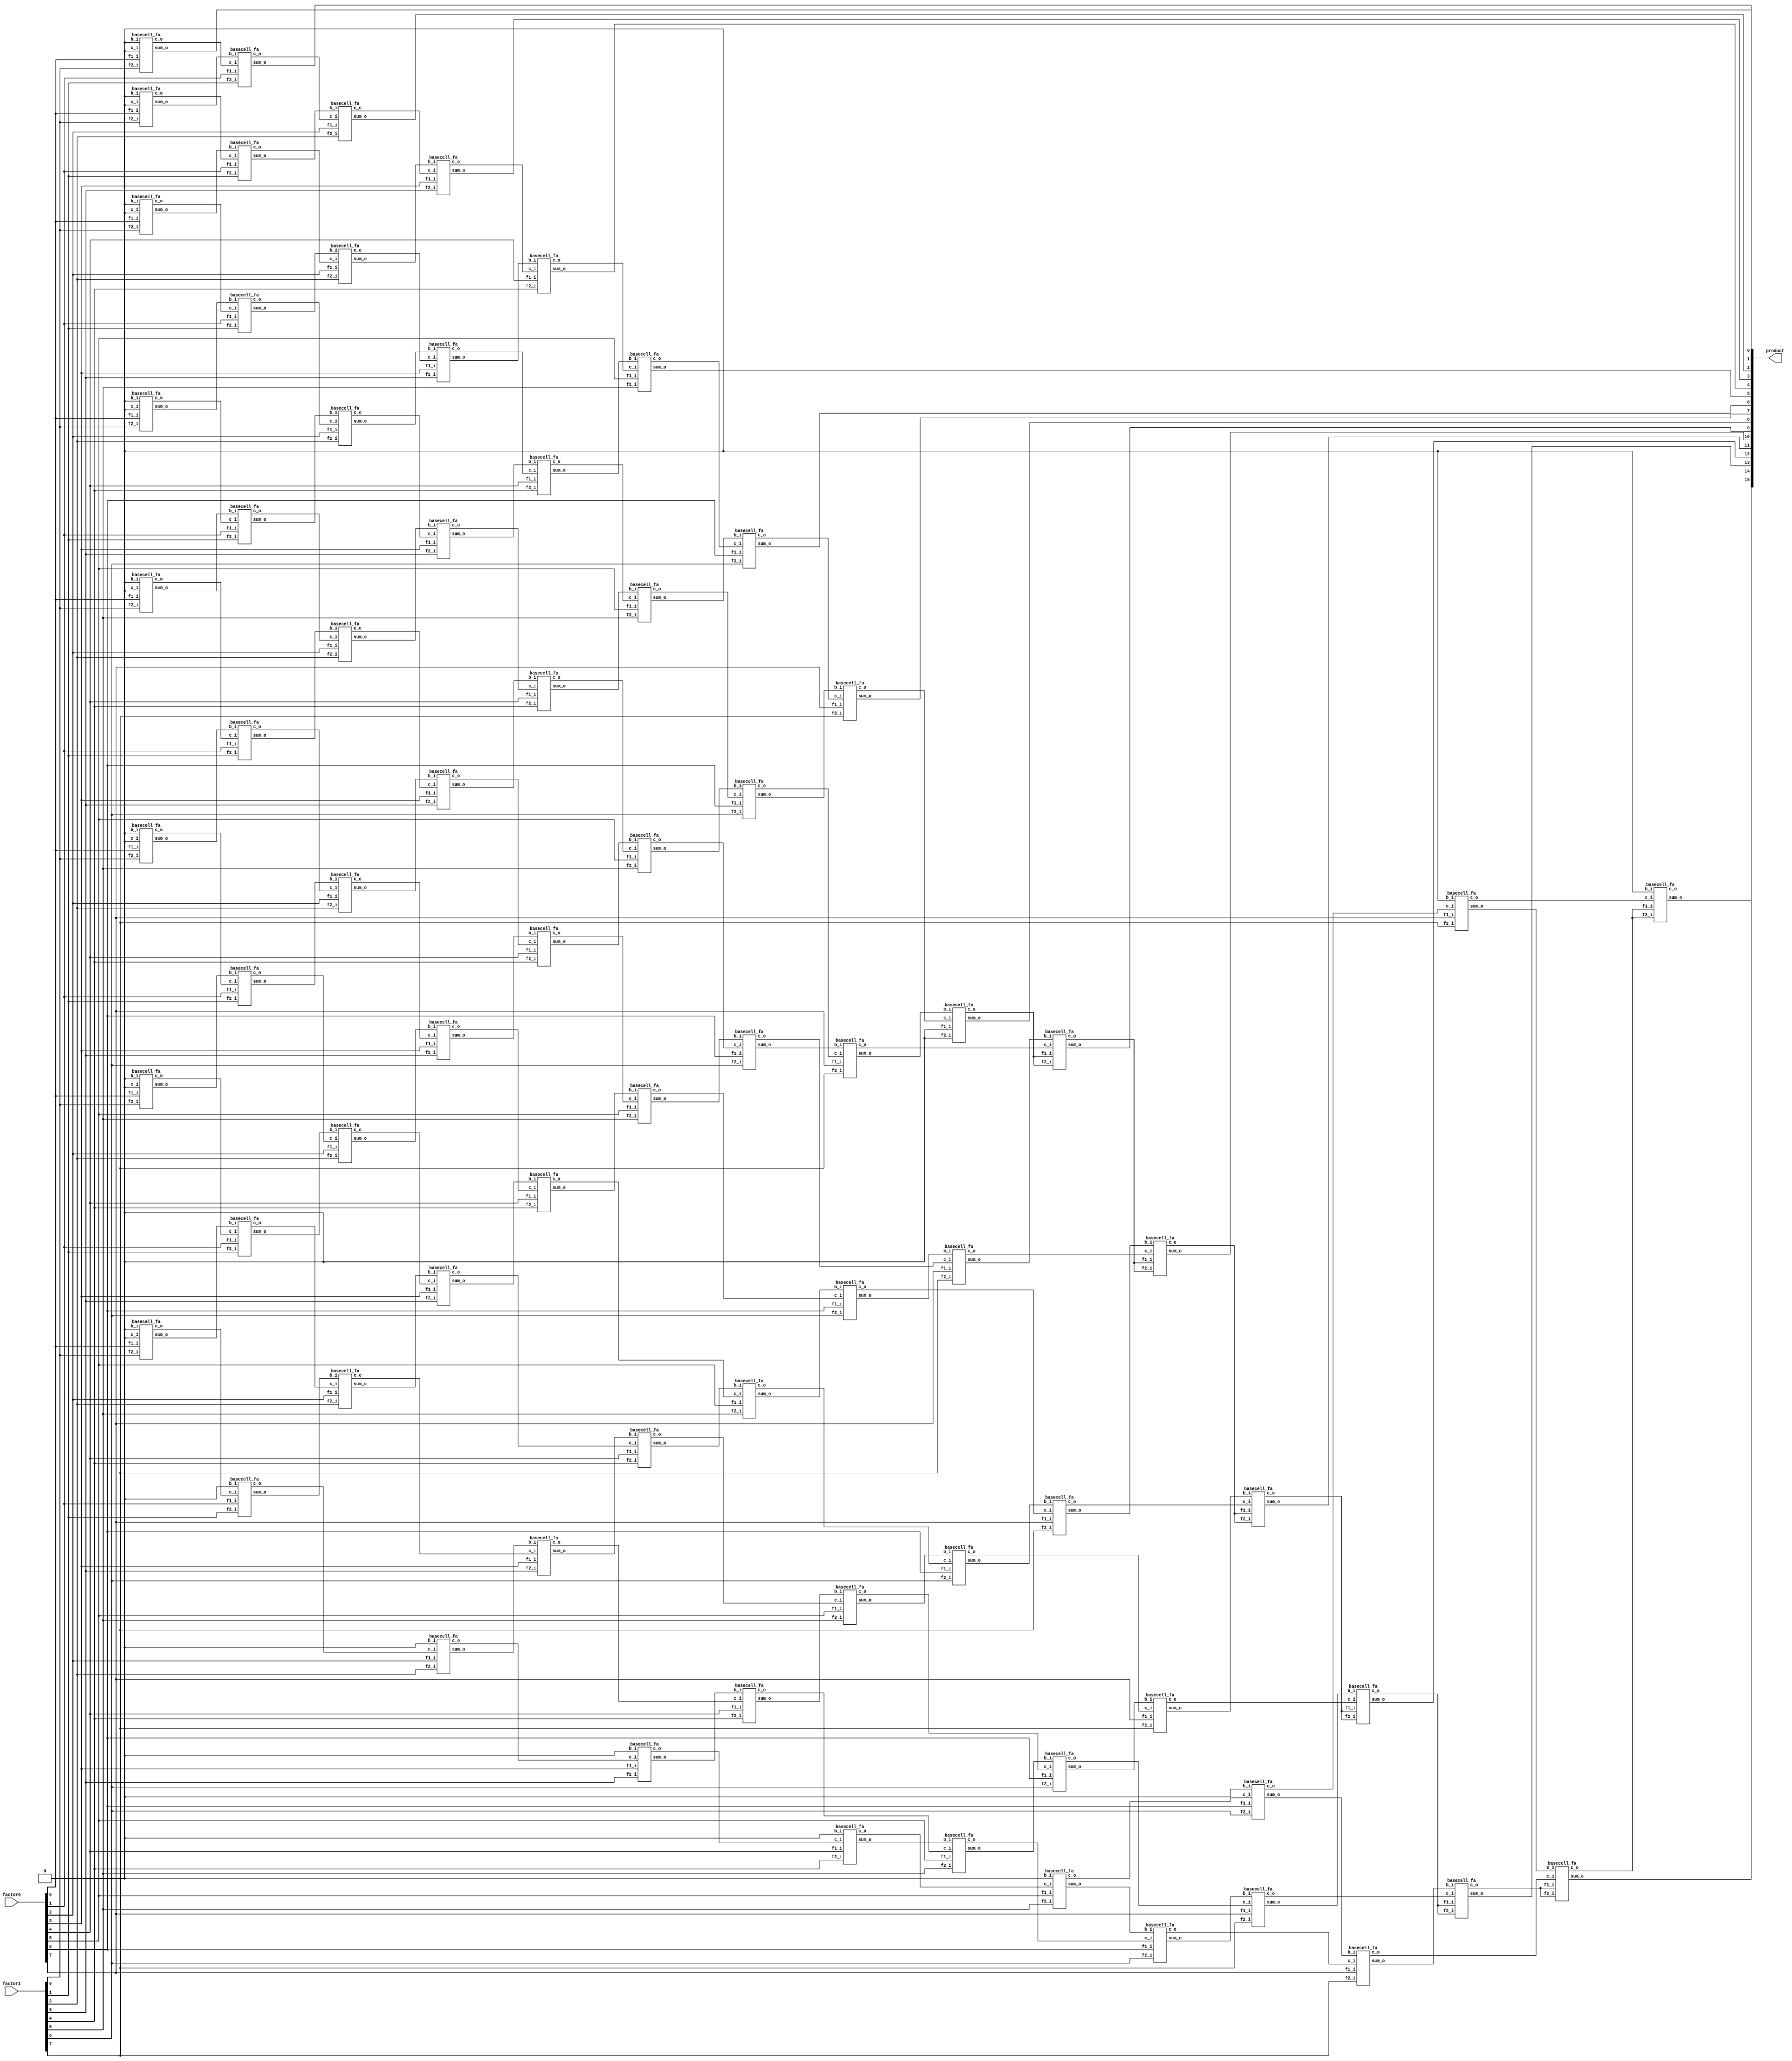
//This file contains (various) parameterized Carry Save Multiplier module(s)

module csmulti_fullbasecell#(parameter bitsize = 8)(factor0, factor1, product);
  input [(bitsize-1):0] factor0, factor1;
  output reg [((2*bitsize)-1):0] product;

  //Wires to carry signals between cells
  reg [bitsize-1:0] sum_vec   [bitsize:0];
  reg [bitsize-1:0] carry_vec [bitsize:0];

  //Inputs & Outputs of basecells
  reg [bitsize-1:0] f1_i   [bitsize:0];
  reg [bitsize-1:0] f2_i   [bitsize:0];
  reg [bitsize-1:0] b_i    [bitsize:0];
  reg [bitsize-1:0] c_i    [bitsize:0];
  wire [bitsize-1:0] sum_o [bitsize:0];
  wire [bitsize-1:0] c_o   [bitsize:0];

  integer i, j; //for rewiring loops
  genvar k, l;

  //Generate basecell modules
  generate
      for (k = 0; k < bitsize+1; k = k + 1) begin
          for (l = 0; l < bitsize; l = l + 1 ) begin : basecell 
              basecell_fa bscll(f1_i[k][l], f2_i[k][l], b_i[k][l], c_i[k][l], sum_o[k][l], c_o[k][l]);
          end
      end
  endgenerate

  always@* begin
      //Wire renameing for basecell ports
      for(i = 0; i < bitsize+1; i = i + 1) begin
          for(j = 0; j < bitsize; j = j + 1) begin
              if(i != bitsize) begin
                  f1_i[i][j] = factor0[i];
                  f2_i[i][j] = factor1[i]; // Bug 1: index mismatch.factor1[j]. All testcases will fail except for 0 and ff input
              end else begin
                  if(j == 0) begin
                      f1_i[i][j] = 1'b0;
                      f2_i[i][j] = 1'b0;
                  end else begin
                      f1_i[i][j] = carry_vec[i][j-1];
                      f2_i[i][j] = carry_vec[i][j-1];
                  end
              end

              if(i == 0) begin
                   b_i[i][j] = 1'b0;
              end else if(j == (bitsize - 1)) begin
                  b_i[i][j] = 1'b0;
              end else begin
                  b_i[i][j] = sum_vec[i-1][j+1];
              end

              if(i == 0) begin
                  c_i[i][j] = 1'b0;
              end else begin
                  c_i[i][j] = carry_vec[i-1][j];
              end

              sum_vec[i][j] = sum_o[i][j];
              
              carry_vec[i][j] = c_o[i][j];
          end
      end

      //Output wire renameing
      for(i = 0; i < bitsize+1; i = i + 1) begin
            product[i] = sum_vec[i][0];
      end
      for(i = 1; i < bitsize; i = i + 1) begin
            product[bitsize+i] = sum_vec[bitsize][i]; 
      end
      product[(2*bitsize)] = carry_vec[bitsize-1][bitsize-1]; // Bug 2 :carry_vec[bitsize][bitsize-1] is supposed to be bitsize .last bit of product is incorrect will show only in edge case testing
  end

endmodule // Parameterized Carry Save Multiplier

module basecell_ha(f1_i, f2_i, b_i, sum_o, c_o);
  input f1_i, f2_i, b_i;
  output sum_o, c_o;

  wire pp;

  assign pp = f1_i | f2_i; // Bug 3: f1_i & f2_i.any number with which will result in carry will fail

  HA adder(pp, b_i, sum_o, c_o);

endmodule // Base cell with half adder

module basecell_fa(f1_i, f2_i, b_i, c_i, sum_o, c_o);
  input f1_i, f2_i, b_i, c_i;
  output sum_o, c_o;

  wire pp;

  assign pp = f1_i & f2_i;

  FA adder(pp, b_i, c_i, sum_o, c_o);

endmodule // Base cell with full adder

//Simple 1 bit full adder
module FA(A, B, Cin, S, Cout);
  input A, B, Cin;
  output S, Cout;
  wire ha_sum; //Partial Sum without carry

  assign ha_sum = A ^ B;
  assign S =  ha_sum ^ Cin; //Sum
  assign Cout = (A & B) | (ha_sum & Cin); //Carry out
endmodule // full Adder

//Simple 1 bit half adder
module HA(A, B, S, Cout);
  input A, B;
  output S, Cout;

  assign S = A ^ B;
  assign Cout = A & B;
endmodule // half Adder